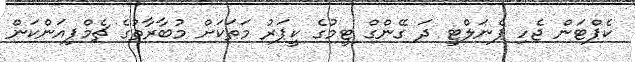
ކެޕްޓަން ޖެހި ޕެނަލްޓީ ދަ ގޭންގް ޓީމުގެ ކީޕަރު މަތަކަށް މުބާރާތުގެ ޗެމްޕިއަންކަން